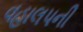
વહાલપની